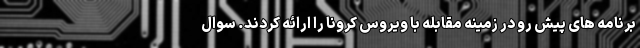
برنامه های پیش رو در زمینه مقابله با ویروس کرونا را ارائه کردند. سوال